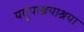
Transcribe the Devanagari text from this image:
यदुपाश्रयाश्रया